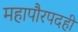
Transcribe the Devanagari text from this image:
महापौरपदही